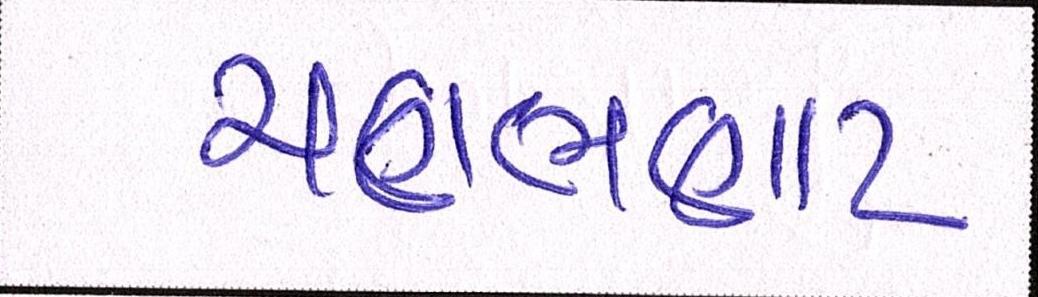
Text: ચણભણાટ